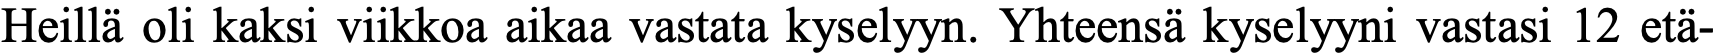
Heillä oli kaksi viikkoa aikaa vastata kyselyyn. Yhteensä kyselyyni vastasi 12 etä-